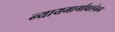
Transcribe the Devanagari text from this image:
न्यायमार्गावलंबन